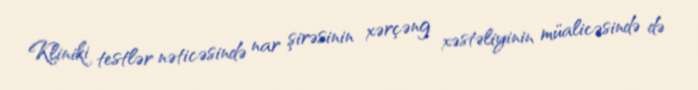
Kliniki testlər nəticəsində nar şirəsinin xərçəng xəstəliyinin müalicəsində də